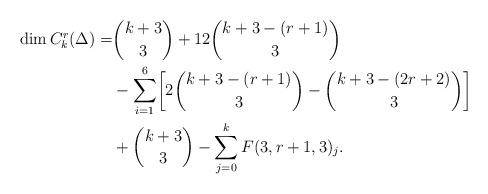
LaTeX: \begin{align*}\dim C_k^r(\Delta)=& \binom{k+3}{3}+12\binom{k+3-(r+1)}{3}\\&-\sum_{i=1}^{6}\biggl[2\binom{k+3-(r+1)}{3}-\binom{k+3-(2r+2)}{3}\biggr]\\&+\binom{k+3}{3}-\sum_{j=0}^k F(3,r+1,3)_j.\end{align*}